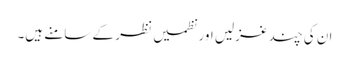
ان کی چند غزلیں اور نظمیں نظر کے سامنے ہیں۔